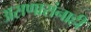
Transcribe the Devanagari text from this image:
असणारांनाही